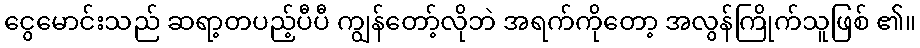
ငွေမောင်းသည် ဆရာ့တပည့်ပီပီ ကျွန်တော့်လိုဘဲ အရက်ကိုတော့ အလွန်ကြိုက်သူဖြစ် ၏။